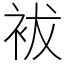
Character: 袚